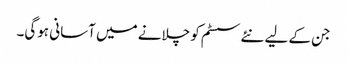
جن کے لیے نئے سسٹم کو چلانے میں آسانی ہوگی۔